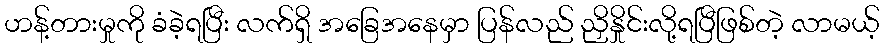
ဟန့်တားမှုကို ခံခဲ့ရပြီး လက်ရှိ အခြေအနေမှာ ပြန်လည် ညှိနှိုင်းလို့ရပြီဖြစ်တဲ့ လာမယ့်